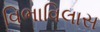
વિભાવિલાસ